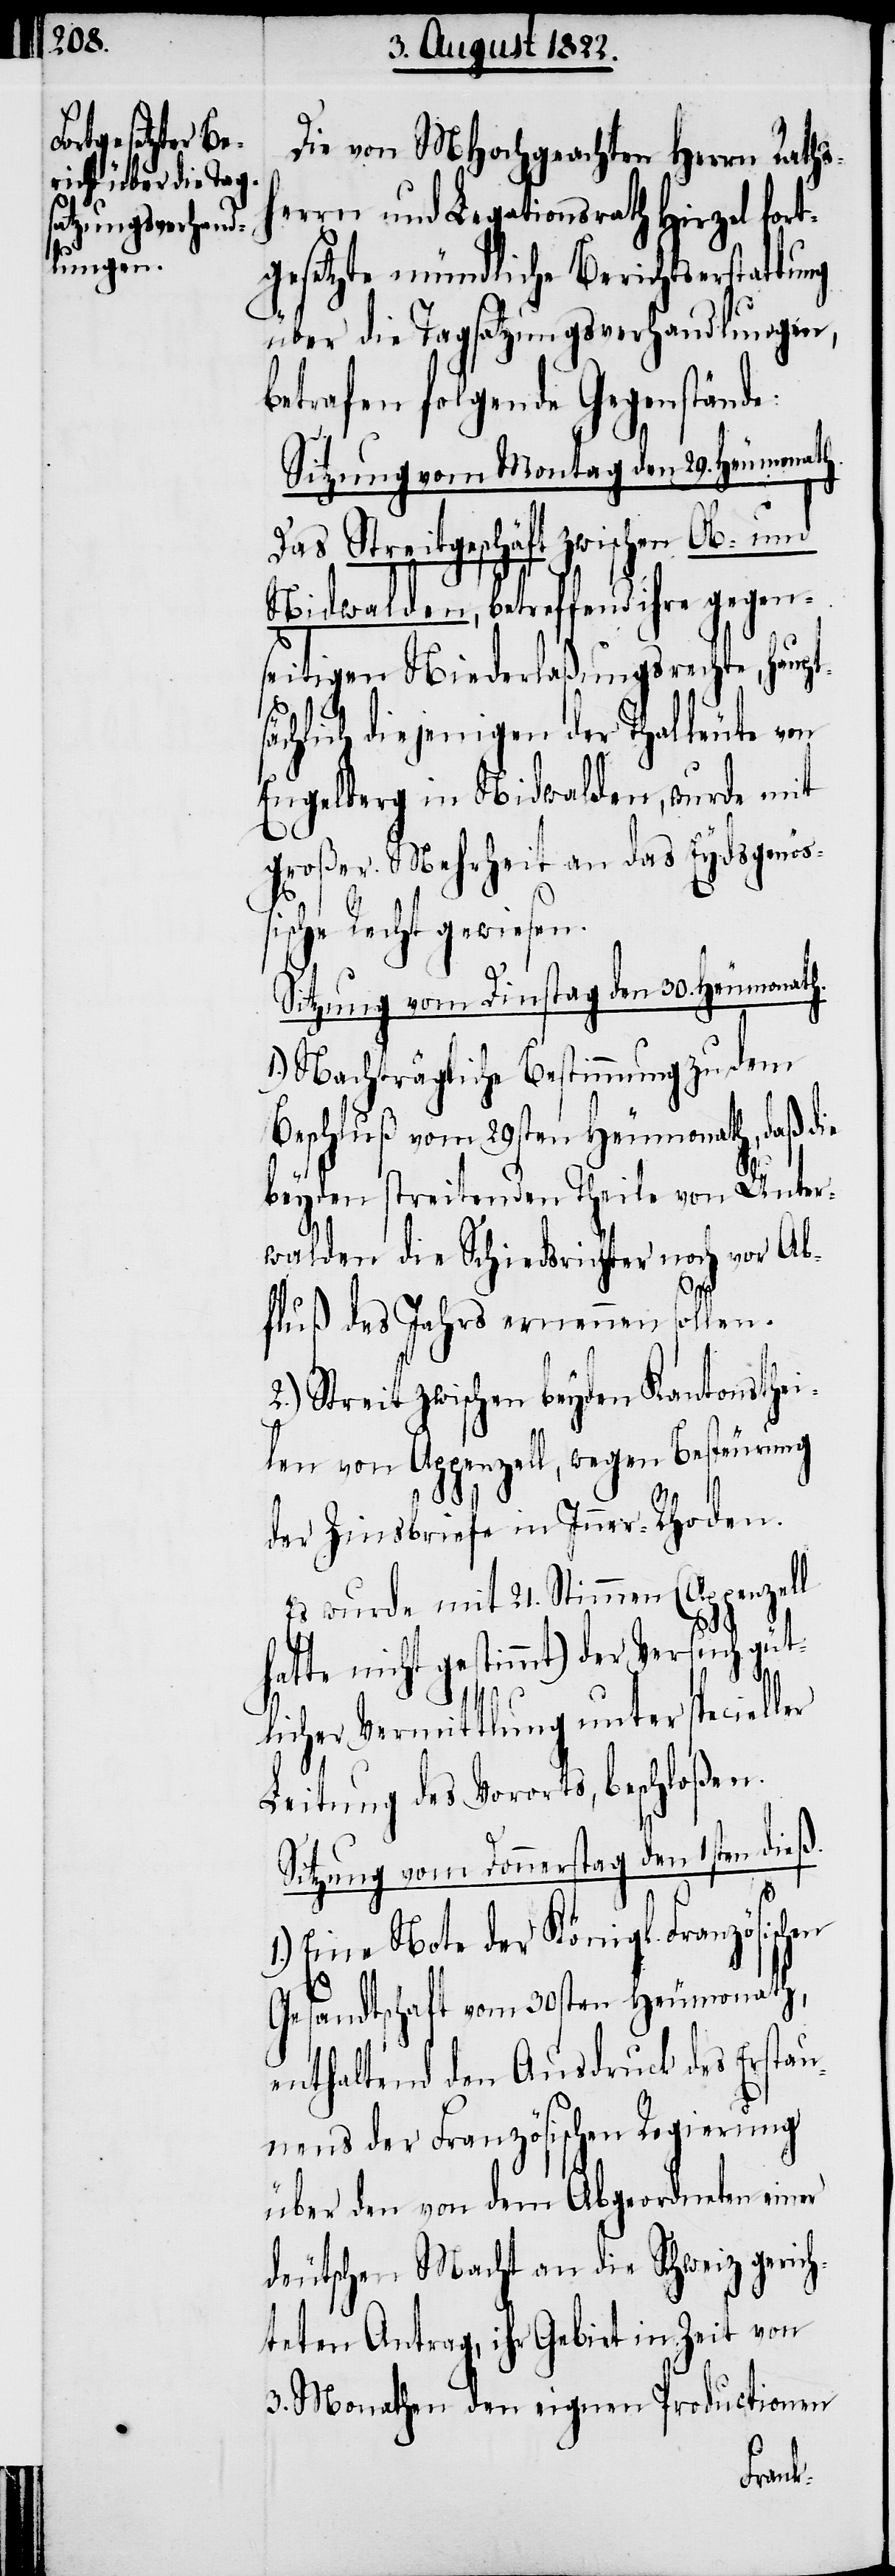
Die von MHochgeachten Herrn Rathsh¬
errn und Legationsrath Hirzel fort¬
gesetzte mündliche Berichtserstattung
über die Tagsatzungsverhandlungen,
betrafen folgende Gegenstände:
Sitzung vom Montag den 29. Heumonath.
Das Streitgeschäft zwischen Ob- und
Nidwalden, betreffend ihre gegen¬
seitigen Niederlaßungsrechte, haupt¬
ächlich diejenigen der Thalleute von
Engelberg in Nidwalden, wurde mit
großer Mehrheit an das Eydsgenöß¬
ische Recht gewiesen.
Sitzung vom Dinstag den 30. Heumonath.
1.) Nachträgliche Bestimmung zu dem
Beschluß vom 29sten Heumonath, daß die
beyden streitenden Theile von Unter¬
walden die Schiedsrichter noch vor Ab¬
fluß des Jahres erneuern sollen.
2.) Streit zwischen beyden Kantonsthei¬
len von Appenzell, wegen Besteuerung
der Zinsbriefe in Inner-Rhoden.
Es wurde mit 21. Stimmen (Appenzell
hatte nicht gestimmt) der Versuch güt¬
licher Vermittlung unter specieller
Leitung des Vororts, beschloßen.
Sitzung vom Donnerstag den 1sten dieß.
s¬
1.) Eine Note der Königl. Französischen
Gesandtschaft vom 30sten Heumonath,
enthaltend den Ausdruck des Erstau¬
nens der Französischen Regierung
über den von dem Abgeordneten einer
deutschen Macht an die Schweiz gerich¬
teten Antrag, ihr Gebiet in Zeit von
3. Monathen den eigenen Productionen